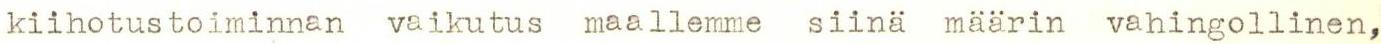
kiihotustoiminnan vaikutus maallemme siinä määrin vahingollinen,